Punjab Mental Hospital Lahore 1922-31 - 1922-1931
Year: 1922
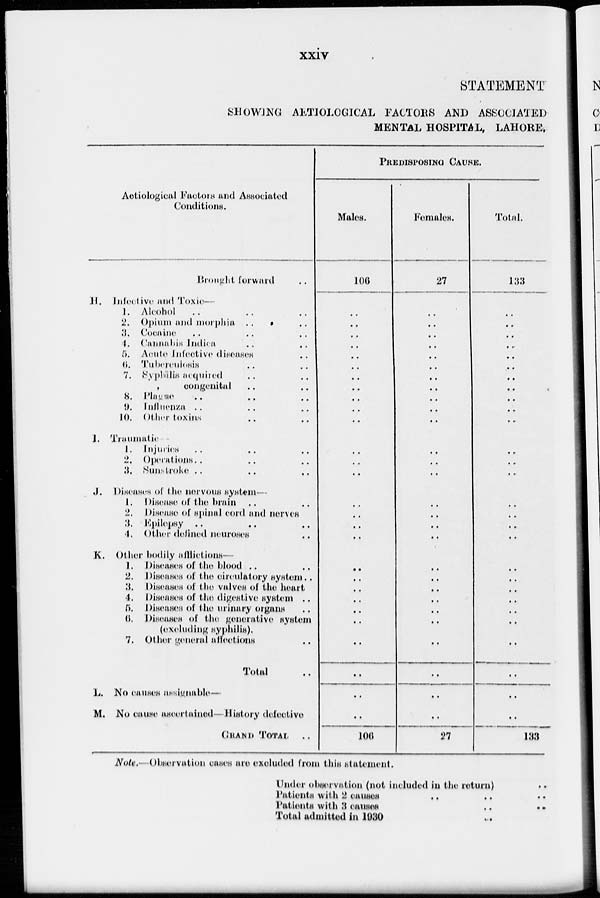
xxiv
STATEMENT
SHOWING AETIOLOGICAL FACTORS AND ASSOCIATED
MENTAL HOSPITAL, LAHORE,
Aetiological Factors and Associated
Conditions.
Brought forward ..
H. Infective and Toxic—
1. Alcohol .. .. ..
2. Opium and morphia .. ..
3. Cocaine .. .. ..
4. Cannabis Indica .. ..
5. Acute Infective diseases ..
6. Tuberculosis .. ..
7. Syphillis acquired .. ..
„
congenital .. ..
8. Plague .. .. ..
9. Influenza ..
10. Other toxins .. ..
I. Traumatic -
1. Injuries .. .. ..
2. Operations .. .. ..
3. Sunstroke .. .. ..
J. Diseases of the nervous system—
1. Disease of the brain .. ..
2. Disease of spinal cord and nerves
3. Epilepsy .. .. ..
4. Other defined neuroses
K. Other bodily afflictions—
1. Diseases of the blood ..
2. Diseases of the circulatory system ..
3. Diseases of the valves of the heart
4. Diseases of the digestive system ..
5. Diseases of the urinary organs ..
6. Diseases of the generative system
(excluding syphilis).
7. Other general affections
Total ..
L. No causes assignable—
M. No cause ascertained—History defective
GRAND TOTAL ..
PREDISPOSING CAUSE.
Males.
106
..
..
..
..
..
..
..
..
..
..
..
..
..
..
..
..
..
..
..
..
..
..
..
..
..
..
..
..
106
Females.
27
..
..
..
..
..
..
..
..
..
..
..
..
..
..
..
..
..
..
..
..
..
..
..
..
..
..
..
..
27
Total.
133
..
..
..
..
..
..
..
..
..
..
..
..
..
..
..
..
..
..
..
..
..
..
..
..
..
..
..
..
133
Note.—Observation cases are excluded from this statement.
Under observation (not included in the return)
..
Patients with 2 causes .. .. ..
Patients with 3 causes
..
..
Total admitted in 1930 ..